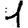
Digit: 1